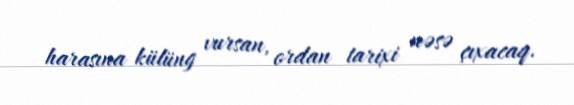
harasına külüng vursan, ordan tarixi nəsə çıxacaq.